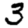
Digit: 3